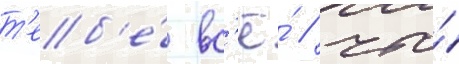
т'еб'е́ вс'ё́ / что́